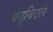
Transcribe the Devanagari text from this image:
क्युबिटल